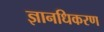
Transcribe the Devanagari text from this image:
ज्ञानधिकरण